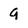
Character: 9